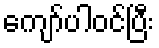
ကျော်ပါဝင်ပြီး